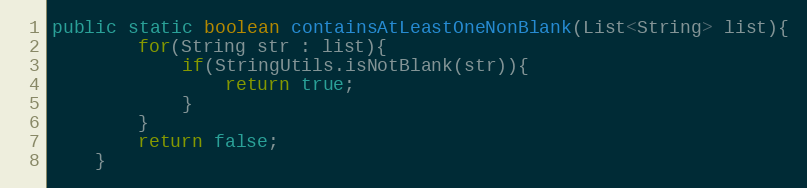
Language: Java
public static boolean containsAtLeastOneNonBlank(List<String> list){
		for(String str : list){
			if(StringUtils.isNotBlank(str)){
				return true;
			}
		}
		return false;
	}